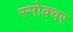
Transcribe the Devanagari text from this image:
स्मोक्वर